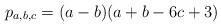
LaTeX: \begin{align*}p_{a,b,c}=(a-b)(a+b-6c+3)\end{align*}